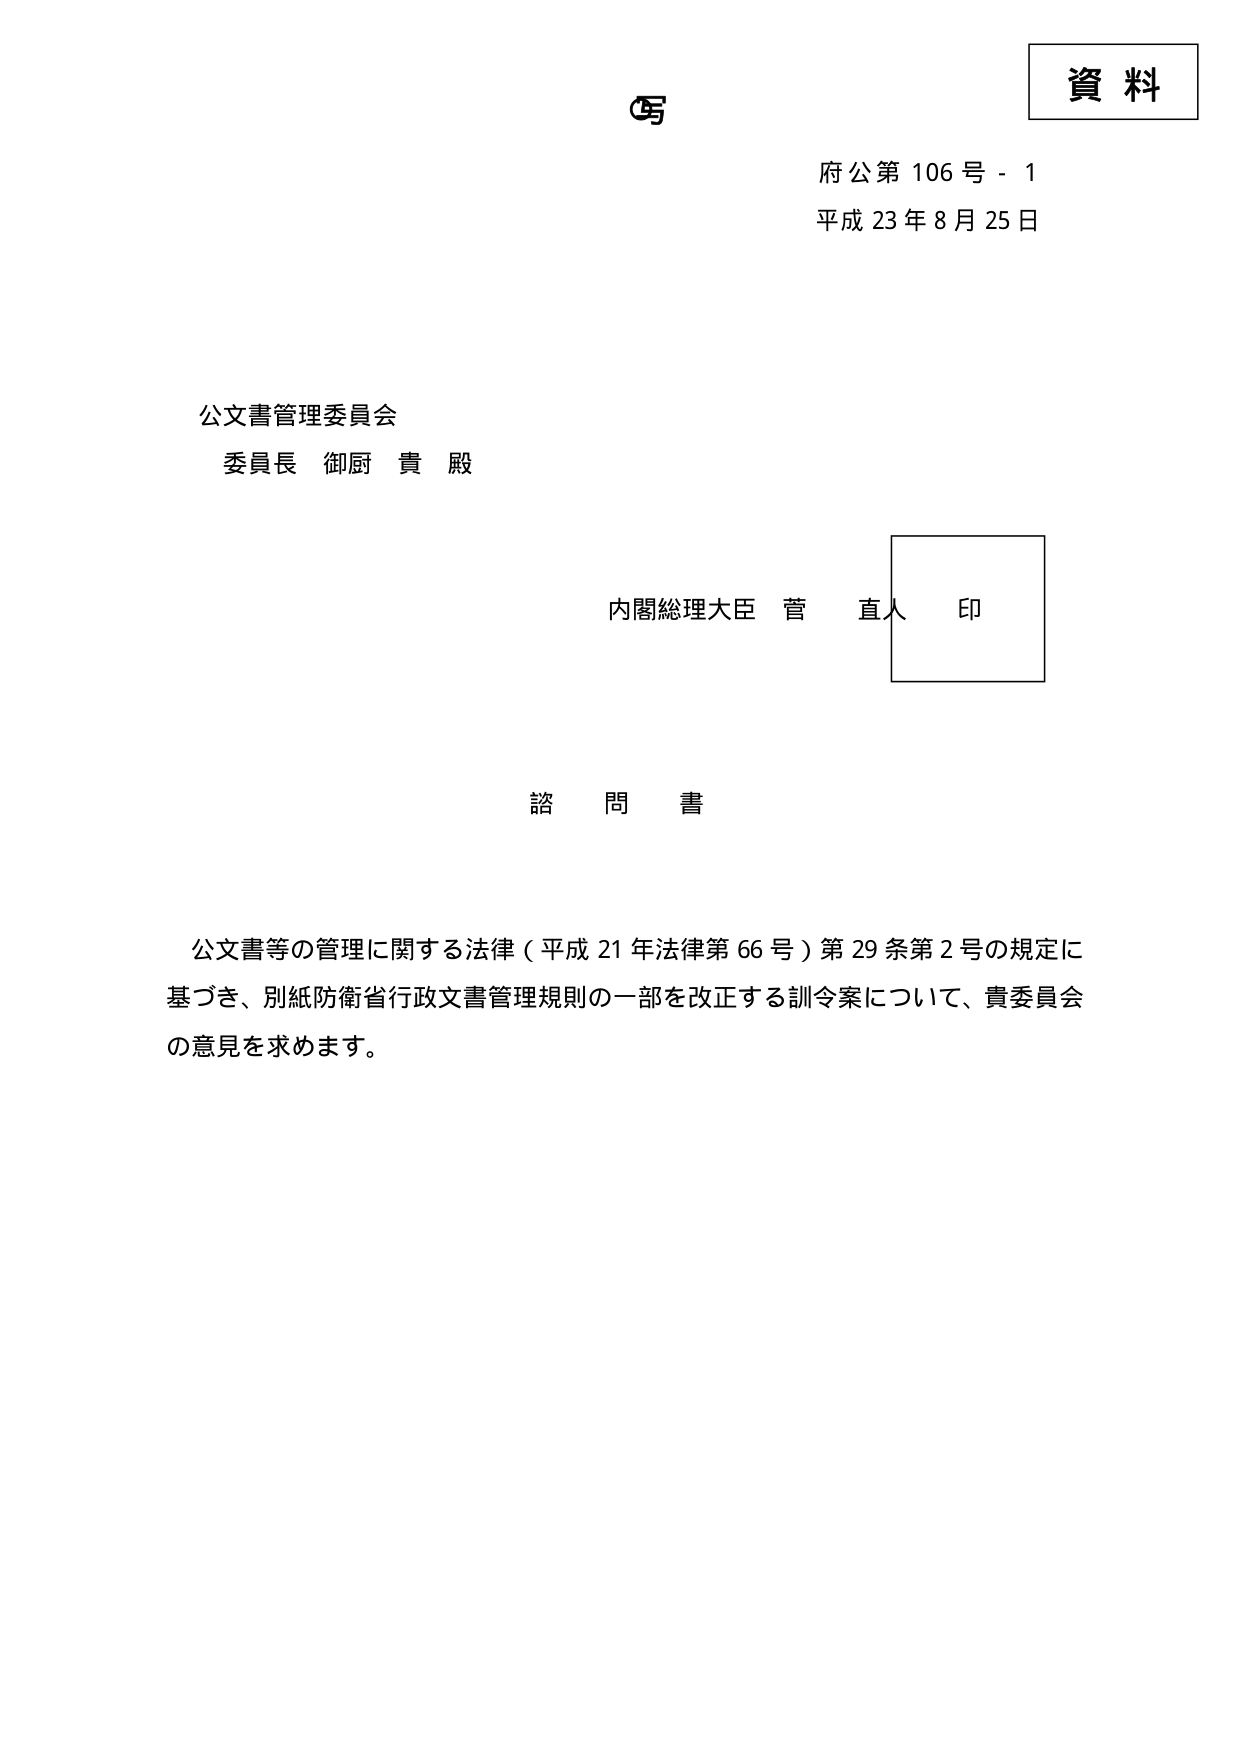
資料
府公第 106 号 - 1
平成 23 年 8 月 25 日

公文書管理委員会
委員長 御厨 貴 殿

内閣総理大臣 菅 直人 印

諮 問 書

公文書等の管理に関する法律（平成 21 年法律第 66 号）第 29 条第 2 号の規定に基づき、別紙防衛省行政文書管理規則の一部を改正する訓令案について、貴委員会の意見を求めます。